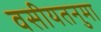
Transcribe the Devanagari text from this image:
वसीयतनुमा